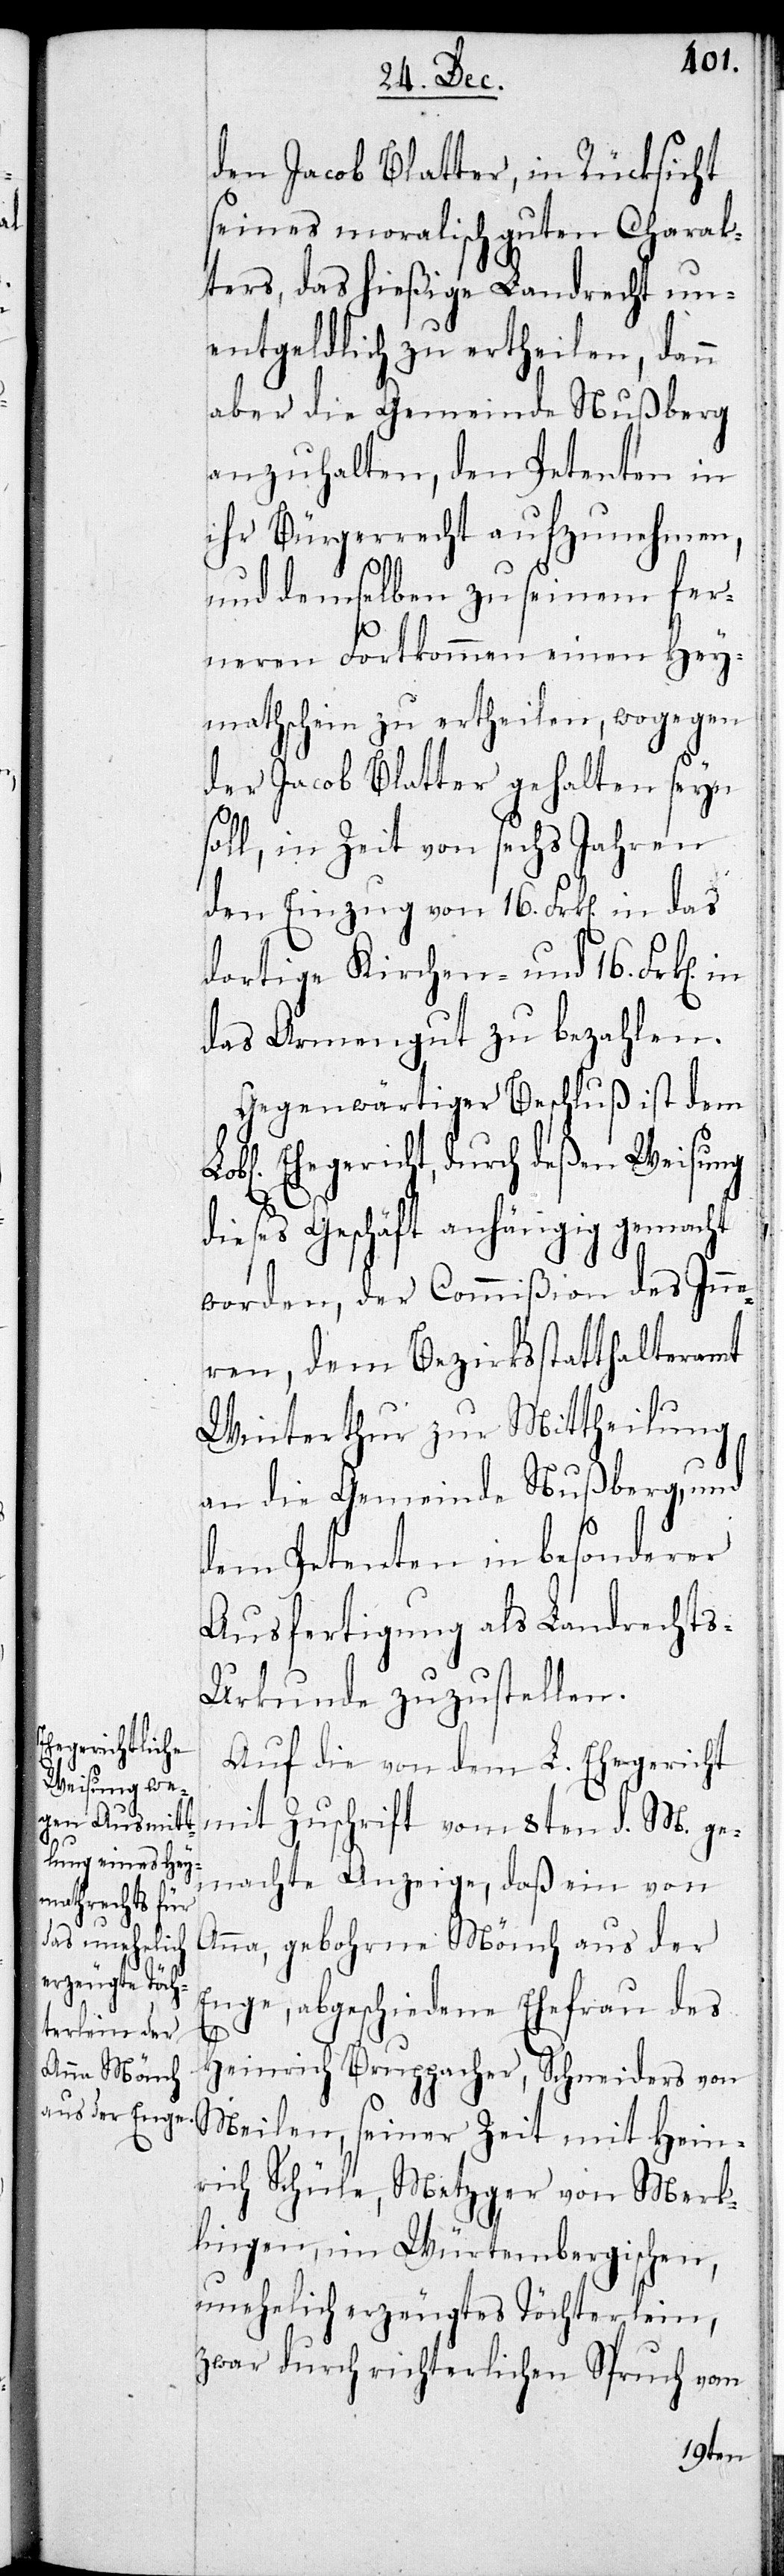
den Jacob Blatter, in Rücksicht
seines moralisch guten Charac¬
ters, das hießige Landrecht un¬
entgeldlich zu ertheilen, dann
aber die Gemeinde Nußberg
anzuhalten, den Petenten in
ihr Bürgerrecht aufzunehmen,
und demselben zu seinem fer¬
neren Fortkommen einen Hey¬
mathschein zu ertheilen, wogegen
der Jacob Blatter gehalten seyn
soll, in Zeit von sechs Jahren
den Einzug von 16. Frken. in das
dortige Kirchen- und 16. Frken.
das Armengut zu bezahlen.
Gegenwärtiger Beschluß ist dem
Ehegericht, durch deßen Weisung
dieses Geschäft anhängig gemacht
worden, der Commißion des Inne¬
ren, dem Bezirksstatthalteramt
Winterthur zur Mittheilung
an die Gemeinde Nußberg, und
dem Petenten in besonderer
Ausfertigung als Landrechts-U¬
rkunde zuzustellen.
Auf die von dem L. Ehegericht
mit Zuschrift vom 8ten d. M: ge¬
machte Anzeige, daß ein von
Anna, geborne Mönch aus der
Enge, abgeschiedene Ehefrau des
Heinrich Bruppacher, Schneiders von
Meilen, seiner Zeit mit Hein¬
rich Schüle, Metzger von Merk¬
lingen, im Würtembergischen,
unehelich erzeugtes Töchterlein,
zwar durch richterlichen Spruch vom